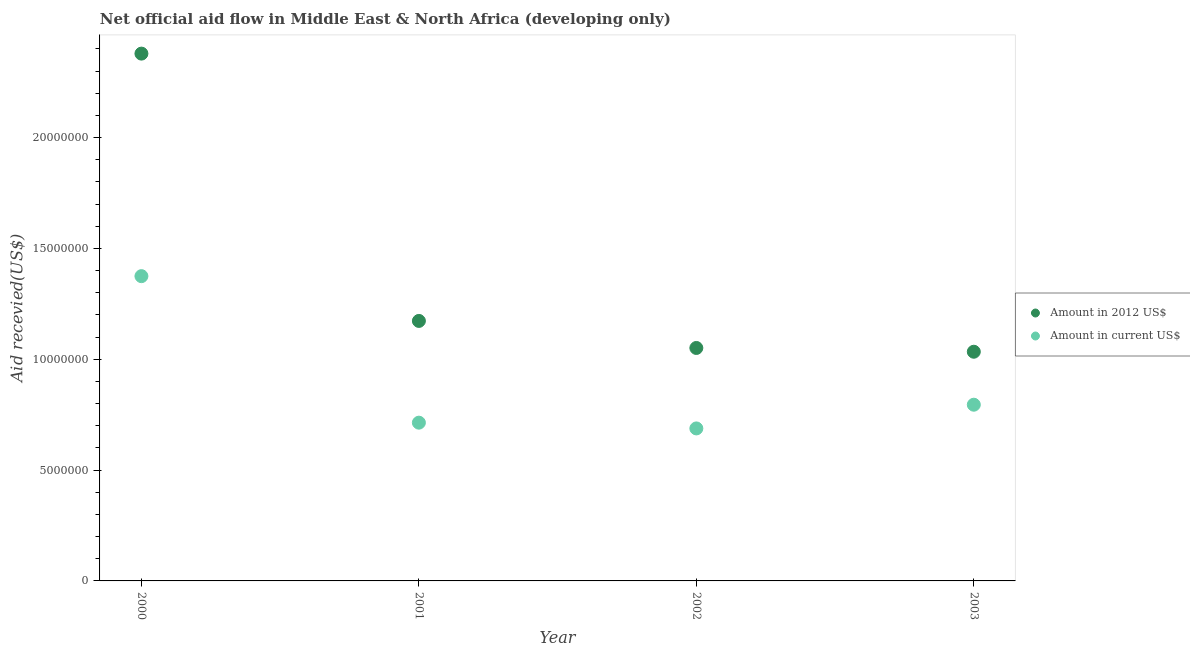
| Year | Amount in 2012 US$ | Amount in current US$ |
 | --- | --- | --- |
 | 2000 | 2.38e+07 | 1.38e+07 |
 | 2001 | 1.17e+07 | 7.14e+06 |
 | 2002 | 1.05e+07 | 6.88e+06 |
 | 2003 | 1.03e+07 | 7.95e+06 |